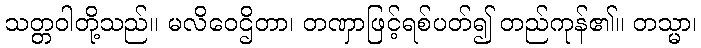
သတ္တဝါတို့သည်။ မလိဝေဌိတာ၊ တဏှာဖြင့်ရစ်ပတ်၍ တည်ကုန်၏။ တသ္မာ၊